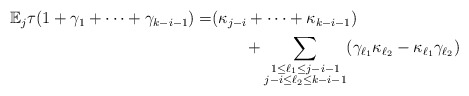
\begin{align*}\begin{aligned} \mathbb{E}_j\tau(1+\gamma_1+\cdots+\gamma_{k-i-1})=&(\kappa_{j-i}+\cdots+\kappa_{k-i-1})\\ &\qquad+\sum_{\begin{subarray}{c}1\le \ell_1\le j-i-1\\ j-i\le\ell_2\le k-i-1 \end{subarray}}(\gamma_{\ell_1}\kappa_{\ell_2}-\kappa_{\ell_1}\gamma_{\ell_2})\end{aligned}\end{align*}